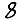
Digit: 8